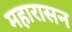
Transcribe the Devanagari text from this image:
महारासन